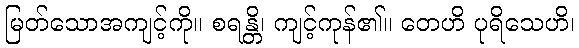
မြတ်သောအကျင့်ကို။ စရန္တိ၊ ကျင့်ကုန်၏။ တေဟိ ပုရိသေဟိ၊